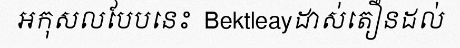
អកុសលបែបនេះ  Bektleayដាស់តឿនដល់